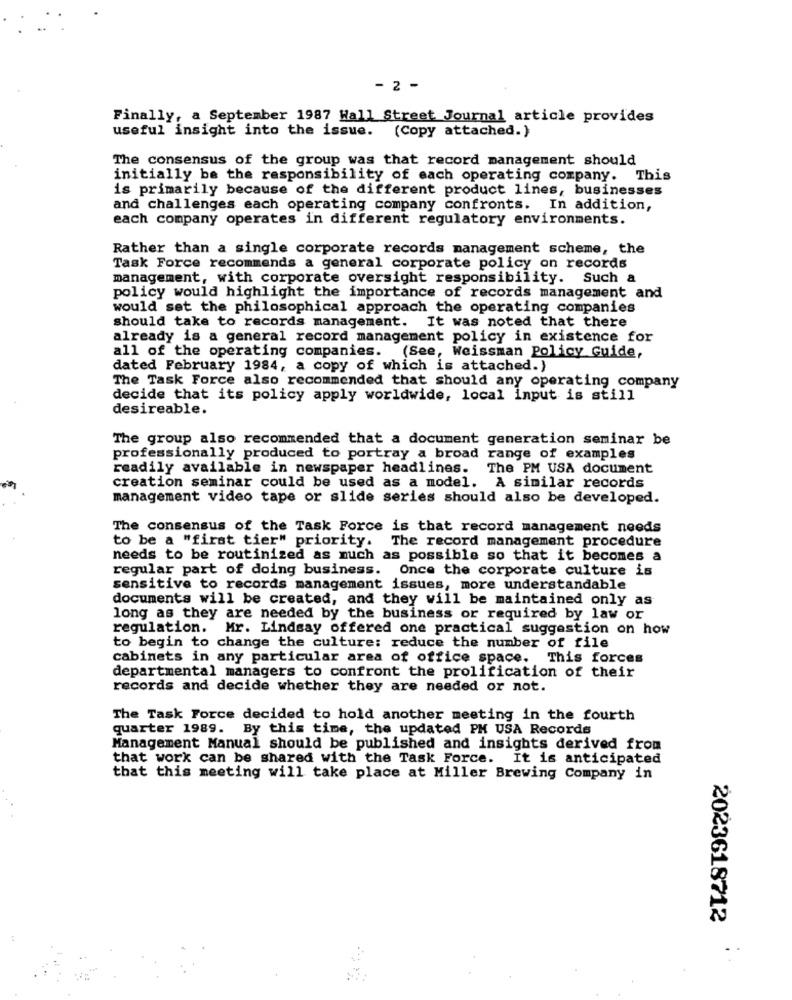
- 2 -
Finally, a September 1987 Wall Street Journal article provides
useful insight into the issue. (Copy attached.}
The consensus of the group was that record management should
initially be the responsibility of each operating company. This
is primarily because of the different product lines, businesses
and challenges each operating company confronts. In addition,
each company operates in different regulatory environments.
Rather than a single corporate records management scheme, the
Task Force recommends a general corporate policy on records
management, with corporate oversight responsibility. Such a
policy would highlight the importance of records management and
would set the philosophical approach the operating companies
should take to records management. It was noted that there
already is a general record management policy in existence for
all of the operating companies. (See, Weissman Policy Guide,
dated February 1984, a copy of which is attached.)
The Task Force also recommended that should any operating company
decide that its policy apply worldwide, local input is still
desireable.
The group also recommended that a document generation seminar be
professionally produced to portray a broad range of examples
readily available in newspaper headlines. The PM USA document
creation seminar could be used as a model. A similar records
management video tape or slide series should also be developed.
The consensus of the Task Force is that record management needs
to be a "firat tier" priority. The record management procedure
needs to be routinized as much as possible so that it becomes a
regular part of doing business. Once the corporate culture is
sensitive to records management issues, more understandable
documents will be created, and they will be maintained only as
long as they are needed by the business or required by law or
regulation. Mr. Lindsay offered one practical suggestion on how
to begin to change the culture: reduce the number of file
cabinets in any particular area of office space. This forces
departmental managers to confront the prolification of their
records and decide whether they are needed or not.
The Task Force decided to hold another meeting in the fourth
quarter 1989. By this time, the updated PM USA Records
Management Manual should be published and insights derived from
that work can be shared with the Task Force. It is anticipated
that this meeting will take place at Miller Brewing Company in
2023618712